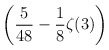
\begin{align*}\displaystyle \left(\frac{5}{48}-\frac{1}{8}\zeta(3)\right)\end{align*}